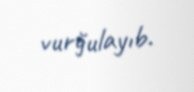
vurğulayıb.